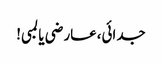
جدائی،عارضی یا لمبی!